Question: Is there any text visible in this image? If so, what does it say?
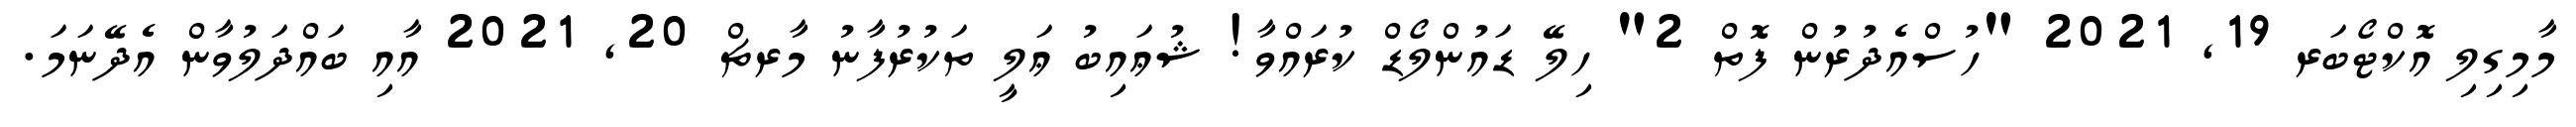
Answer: މާމިގިލި އޮކްޓޯބަރ 19, 2021 "ހުސްއެދުރުން ފޮތް 2" ހިލޭ ޑައުންލޯޑް ކުރައްވާ! ޝުޢައިބު ޢަލީ ތަކުރުފާނު މާރޗް 20, 2021 އާއި ބައްދަލުވާން އެދޭނަމަ.